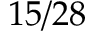
1 5 / 2 8